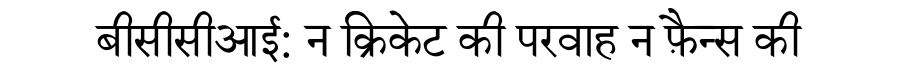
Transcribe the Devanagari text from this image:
बीसीसीआई: न क्रिकेट की परवाह न फ़ैन्स की